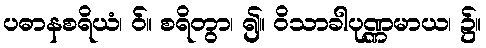
ပဓာနစရိယံ၊ ဝ်။ စရိတွာ၊ ၍။ ဝိသာခါပုဏ္ဏမာယ၊ ၌။